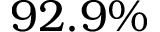
9 2 . 9 \%